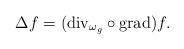
LaTeX: \begin{align*}\Delta f=({\rm div}_{\omega_g}\circ {\rm grad})f.\end{align*}